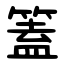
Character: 篕